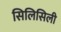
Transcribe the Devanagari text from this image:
सिलिसिली